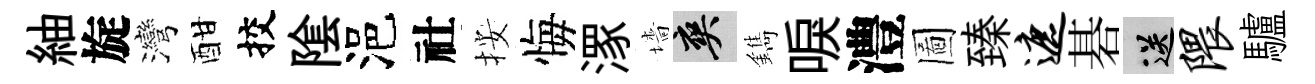
紬旋灣酣挍隂浥社按悔潈墻爽鐫唳澧圖臻遮碁送隈驢